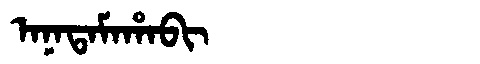
Manchu: ᠠᠨᠠᡨᠠᠮᠠᡥᠠᠪᡳ
Romanization: ANATAMAHABI